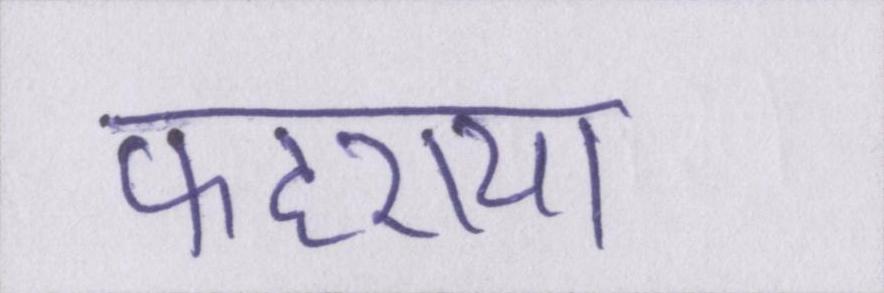
फहराया